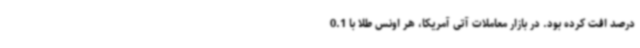
درصد افت کرده بود. در بازار معاملات آتی آمریکا، هر اونس طلا با 0.1